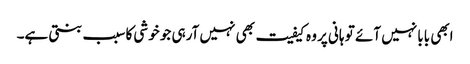
ابھی بابا نہیں آئے تو ہانی پر وہ کیفیت بھی نہیں آرہی جو خوشی کا سبب بنتی ہے۔